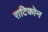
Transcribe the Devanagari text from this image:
राटिकोन